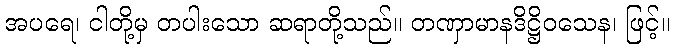
အပရေ၊ ငါတို့မှ တပါးသော ဆရာတို့သည်။ တဏှာမာနဒိဋ္ဌိဝသေန၊ ဖြင့်။